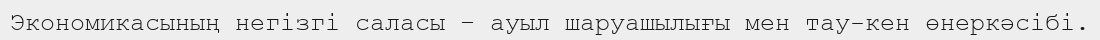
Экономикасының негізгі саласы – ауыл шаруашылығы мен тау-кен өнеркәсібі.